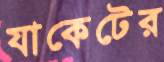
যাকেটের